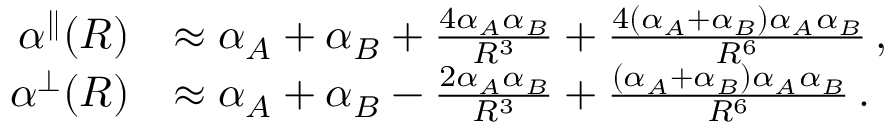
\begin{array} { r l } { \alpha ^ { \parallel } ( R ) } & { \approx \alpha _ { A } + \alpha _ { B } + \frac { 4 \alpha _ { A } \alpha _ { B } } { R ^ { 3 } } + \frac { 4 ( \alpha _ { A } + \alpha _ { B } ) \alpha _ { A } \alpha _ { B } } { R ^ { 6 } } \, , } \\ { \alpha ^ { \perp } ( R ) } & { \approx \alpha _ { A } + \alpha _ { B } - \frac { 2 \alpha _ { A } \alpha _ { B } } { R ^ { 3 } } + \frac { ( \alpha _ { A } + \alpha _ { B } ) \alpha _ { A } \alpha _ { B } } { R ^ { 6 } } \, . } \end{array}